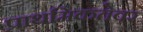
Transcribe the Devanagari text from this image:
प्राथमिकतेवर